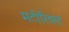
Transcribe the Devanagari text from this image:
मटीरियल